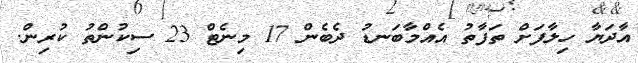
އާދަޔާ ހިލާފަށް ތަފާތު އެއްމާބަނޑު ދެބެން 17 މިނެޓް 23 ސިކުންތު ކުރިން.